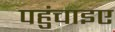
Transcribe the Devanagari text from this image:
पहुंचाइए